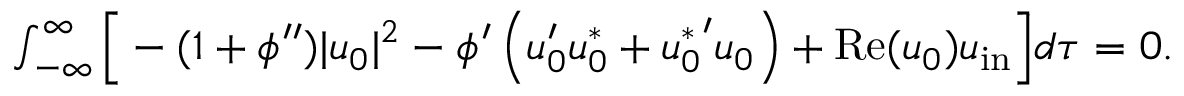
\begin{array} { r } { \int _ { - \infty } ^ { \infty } \Big [ - ( 1 + \phi ^ { \prime \prime } ) | u _ { 0 } | ^ { 2 } - \phi ^ { \prime } \left( u _ { 0 } ^ { \prime } u _ { 0 } ^ { * } + { u _ { 0 } ^ { * } } ^ { \prime } u _ { 0 } \right) + \mathrm { R e } ( u _ { 0 } ) u _ { \mathrm { i n } } \Big ] d \tau = 0 . } \end{array}